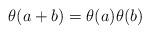
LaTeX: \begin{align*} \theta(a+b)=\theta(a)\theta(b)\end{align*}